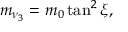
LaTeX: m _ { \nu _ { 3 } } = m _ { 0 } \tan ^ { 2 } \xi ,